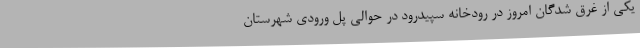
یکی از غرق شدگان امروز در رودخانه سپیدرود در حوالی پل ورودی شهرستان